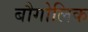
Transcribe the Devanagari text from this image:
बौगोलिक